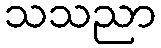
သသညာ